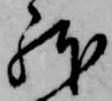
躰